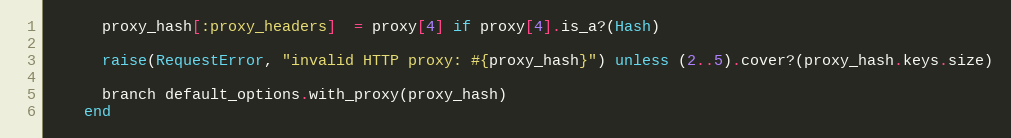
Language: Ruby
      proxy_hash[:proxy_headers]  = proxy[4] if proxy[4].is_a?(Hash)

      raise(RequestError, "invalid HTTP proxy: #{proxy_hash}") unless (2..5).cover?(proxy_hash.keys.size)

      branch default_options.with_proxy(proxy_hash)
    end